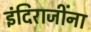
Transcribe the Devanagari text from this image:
इंदिराजींना